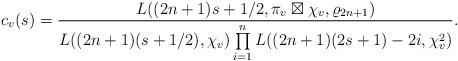
LaTeX: \begin{align*} c_v(s)=\frac{L((2n+1)s+1/2,\pi_v \boxtimes \chi_v, \varrho_{2n+1})}{L((2n+1)(s+1/2), \chi_v)\prod\limits_{i=1}^nL((2n+1)(2s+1)-2i, \chi_v^2)}.\end{align*}